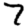
Digit: 7